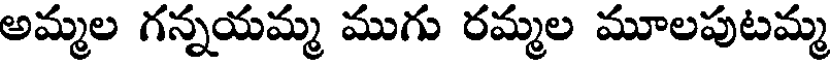
అమ్మల గన్నయమ్మ ముగు రమ్మల మూలపుటమ్మ